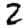
Digit: 2